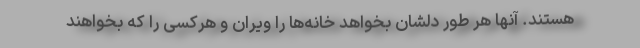
هستند. آنها هر طور دلشان بخواهد خانه‌ها را ویران و هرکسی را که بخواهند